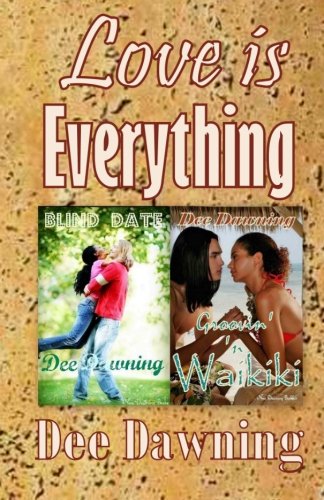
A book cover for Love is Everything: Groovin' 'n Waikiki and Blind Date; Dee Dawning; Romance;